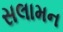
સલામન